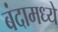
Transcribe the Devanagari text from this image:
बंदामध्ये